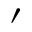
^ { \prime }